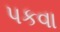
પકવા